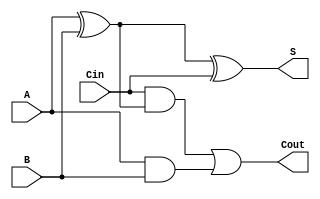
module fulladder1 (A,B,Cin,S,Cout);
    input A,B,Cin;
    output S,Cout;

    assign S    = A ^ B ^ Cin;

    assign Cout = Cin & (A^B) | (A&B);

endmodule